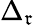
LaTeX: \Delta_{\mathfrak{r}}